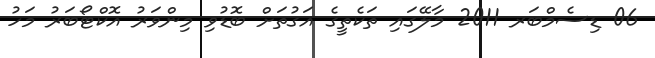
06 ޑިސެމްބަރ 2011 މާލޭގައި ތަކެތީގެ އަގުތަށް ބޮޑުވި މިންވަރު އޮކްޓޯބަރު މަހު